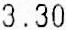
3.30